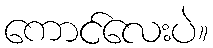
ကောင်လေးပဲ။